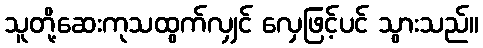
သူတို့ဆေးကုသထွက်လျှင် လှေဖြင့်ပင် သွားသည်။